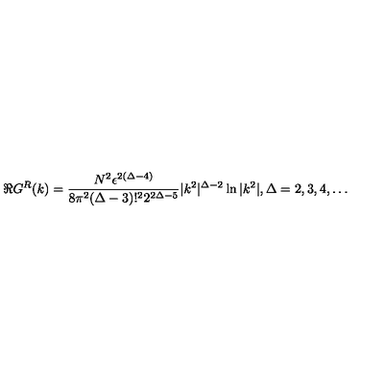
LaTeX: \Re G ^ { R } ( k ) = { \frac { N ^ { 2 } \epsilon ^ { 2 ( \Delta - 4 ) } } { 8 \pi ^ { 2 } ( \Delta - 3 ) ! ^ { 2 } 2 ^ { 2 \Delta - 5 } } } | k ^ { 2 } | ^ { \Delta - 2 } \ln { | k ^ { 2 } | } , \Delta = 2 , 3 , 4 , \ldots